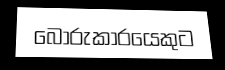
බොරුකාරයෙකුට